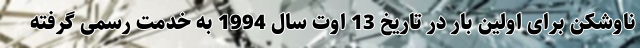
ناوشکن برای اولین بار در تاریخ 13 اوت سال 1994 به خدمت رسمی گرفته